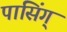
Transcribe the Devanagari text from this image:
पासिंग्